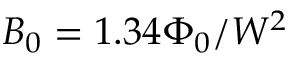
B _ { 0 } = 1 . 3 4 \Phi _ { 0 } / W ^ { 2 }